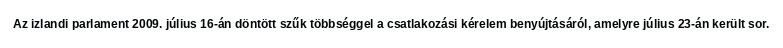
Az izlandi parlament 2009. július 16-án döntött szűk többséggel a csatlakozási kérelem benyújtásáról, amelyre július 23-án került sor.